Civil Veterinary Department. United Provinces 1923-31 - 1923-1931
Year: 1923
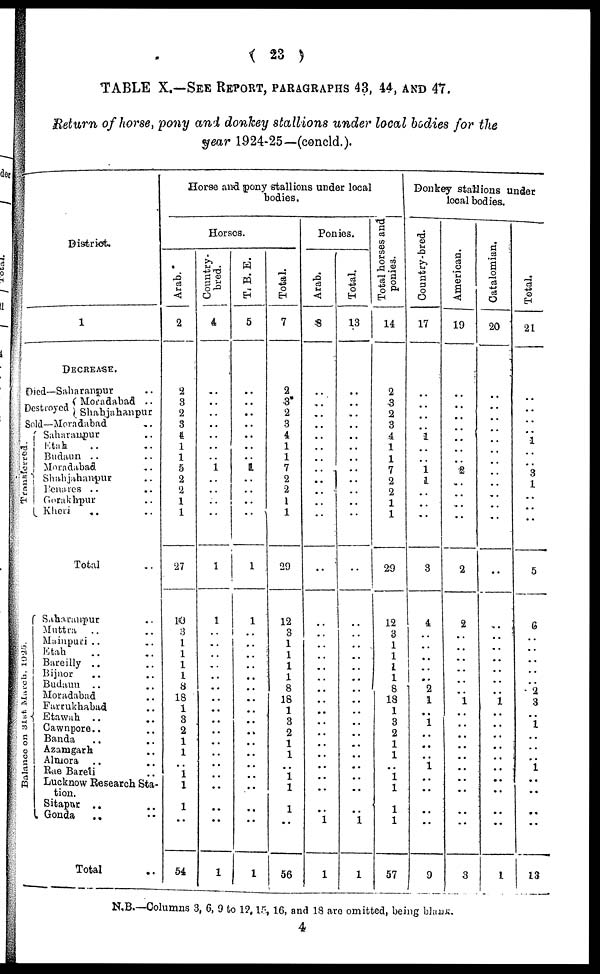
(
23
)
TABLE
X.—SEE
REPORT,
PARAGRAPHS
43, 44, AND 47.
Return
of horse, pony and donkey
stallions
under
local bodies for the
year
1924-25—(concld.).
District.
1
DECREASE.
Died—Saharanpur ..
Destroyed
Moradabad ..
Shahjahanpur
Sold-Meradabad ..
Transferred.
Ba l
a nc e on 31st. March, 1925.
Saharanpur ..
Etah .. ..
Budaun .. ..
Moradabad ..
Shahjahanpur ..
Penaries .. ..
Gorakhpur ..
Kheri .. ..
Total ..
Saharanpur ..
Muttra .. ..
Mainpuri .. ..
Etah .. ..
Bareilly .. ..
Bijnor .. ..
Budaun .. ..
Moradabad ..
Farrukhabad ..
Etawah .. ..
Cawnpore.. ..
Banda .. ..
Azamgarh ..
Almora .. ..
Rae Bareti ..
Lucknow Research Sta-
tion.
Sitapur .. ..
Gonda
..
..
Total
Horse and spony stallions under local
bodies.
Horses.
Arab.
2
2
3
2
3
4
1
1
5
2
2
1
1
27
10
8
1
1
1
1
a
18
1
3
2
1
1
..
1
1
..
1
..
54
Country-
bred.
4
..
..
..
..
..
..
..
1
1
..
..
..
1
1
..
..
..
..
..
..
..
..
..
..
..
..
..
..
..
..
..
..
1
T.
B. E.
5
..
..
..
..
..
..
1
..
..
..
..
1
1
..
..
..
..
..
..
..
..
..
..
..
....
..
..
..
..
..
1
Total.
7
2
3
2
3
4
1
1
7
2
2
1
1
29
12
3
1
1
1
1
8
18
1
3
2
1
1
..
1
1
..
1
..
| 56
Ponies.
Arab.
8
i
..
..
..
..
..
..
1
..
..
..
..
..
..
..
..
..
..
..
..
..
..
..
..
..
..
..
..
..
1
1
Total.
13
..
..
..
..
..
..
..
..
..
..
..
..
..
..
..
..
..
..
..
..
..
..
..
..
..
..
..
..
..
..
..
1
1
Total horses and
ponies.
14
2
3
2
3
4
1
1
7
2
2
1
1
29
12
3
1
1
1
1
8
18
1
3
2
1
1
..
1
1
1
1
57
Donkey stallions under
local bodies.
Country-bred.
17
..
..
..
..
1
..
..
1
1
..
..
..
3
4
..
..
..
..
i
2
1
..
1
1
..
..
1
..
..
..
..
..
9
American.
19
..
..
..
..
..
..
..
2
..
..
..
..
2
2
..
..
..
..
..
..
1
..
....
..
..
..
..
..
..
..
..
..
3
Catalomian.
20
..
..
..
..
..
..
..
..
..
..
..
..
..
..
..
..
..
..
..
1
..
..
..
..
..
..
..
..
..
..
..
1
Total.
21
..
..
..
1
..
..
3
1
..
..
..
5
6
..
..
..
..
..
2
3
..
1
..
..
..
1
..
..
..
..
..
13
N.B.—Columns 3, 6, 9 to 12, 15, 16, and 18 are omitted, being blank.